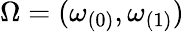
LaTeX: \Omega=(\omega_{(0)},\omega_{(1)})